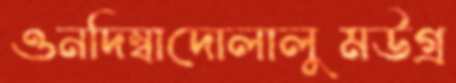
ওনদিম্বাদোলালুমউগ্‌র